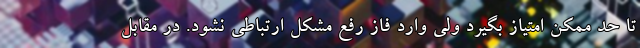
تا حد ممکن امتیاز بگیرد ولی وارد فاز رفع مشکل ارتباطی نشود. در مقابل